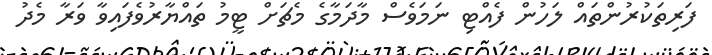
ފަރިތަކުރުންތައް ލަހުން ފެއްޓި ނަމަވެސް މާދަމާގެ މެޗަށް ޓީމު ތައްޔާރުވެފައިވާ ވަރާ މެދު